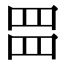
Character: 𮊂